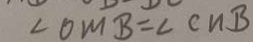
\angle 0 M B = \angle C n B